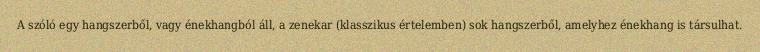
A szóló egy hangszerből, vagy énekhangból áll, a zenekar (klasszikus értelemben) sok hangszerből, amelyhez énekhang is társulhat.